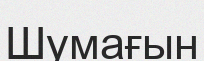
Шумағын